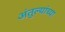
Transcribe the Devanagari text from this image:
अंतुल्यांच्या